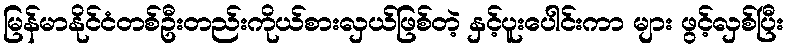
မြန်မာနိုင်ငံတစ်ဦးတည်းကိုယ်စားလှယ်ဖြစ်တဲ့ နှင့်ပူးပေါင်းကာ များ ဖွင့်လှစ်ပြီး